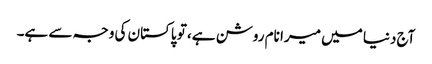
آج دنیا میں میرا نام روشن ہے، تو پاکستان کی وجہ سے ہے۔